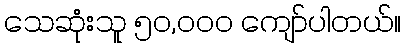
သေဆုံးသူ ၅၀,၀၀၀ ကျော်ပါတယ်။